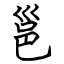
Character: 邕